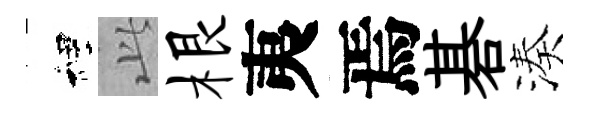
裡𬼘根夷焉碁湊